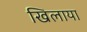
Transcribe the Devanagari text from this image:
खिलाया